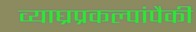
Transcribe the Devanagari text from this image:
व्याघ्रप्रकल्पांपैकी